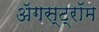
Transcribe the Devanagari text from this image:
ॲगस्ट्रॉम